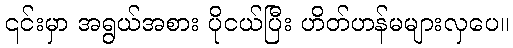
၎င်းမှာ အရွယ်အစား ပိုငယ်ပြီး ဟိတ်ဟန်မများလှပေ။